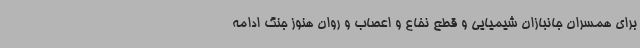
برای همسران جانبازان شیمیایی و قطع نخاع و اعصاب و روان هنوز جنگ ادامه